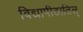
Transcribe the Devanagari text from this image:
विद्यापीठातिल्